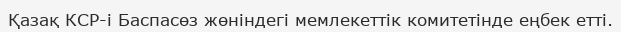
Қазақ КСР-і Баспасөз жөніндегі мемлекеттік комитетінде еңбек етті.